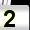
Digit: 2